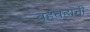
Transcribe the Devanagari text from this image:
बहबहानी